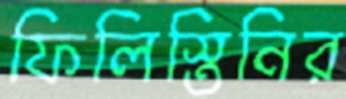
ফিলিস্তিনির